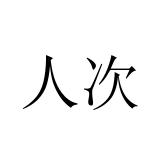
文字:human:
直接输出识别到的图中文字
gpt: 人次